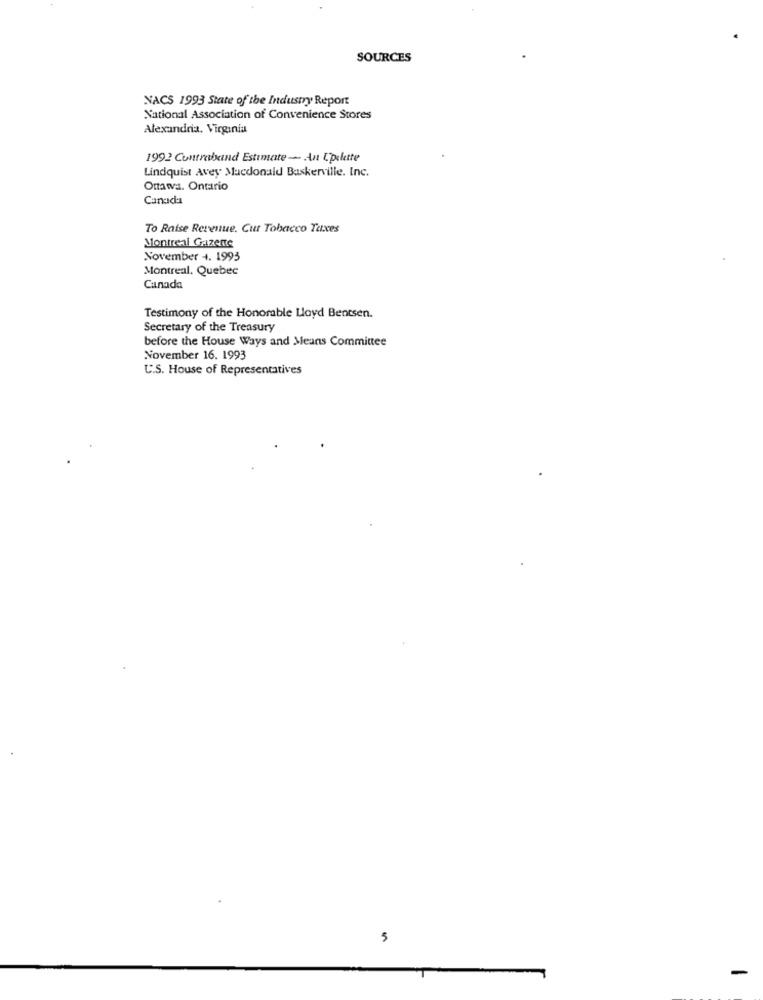
SOURCES
NACS 1993 State of the Industry Report
National Association of Convenience Stores
Alexandria. Virginia
1992 Contraband Estimate - An Cpilette
Lindquist Avey Macdonald Baskerville. Inc.
Ottawa. Ontario
Canad:
To Raise Revenue. Cur Tobacco Taxes
Montreal Gazente
November 4. 1993
Montreal, Quebec
Canada
Testimony of the Honorable Lloyd Bentsen.
Secretary of the Treasury
before the House Ways and Means Committee
November 16. 1993
U.S. House of Representatives
5